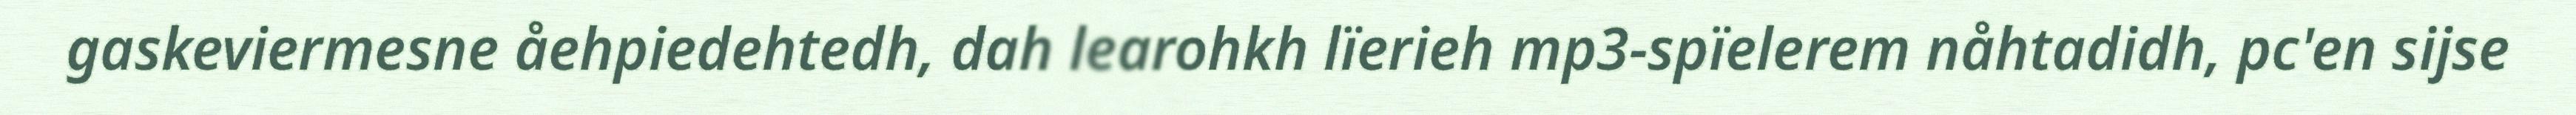
gaskeviermesne åehpiedehtedh, dah learohkh lïerieh mp3-spïelerem nåhtadidh, pc'en sijse